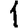
Digit: 1